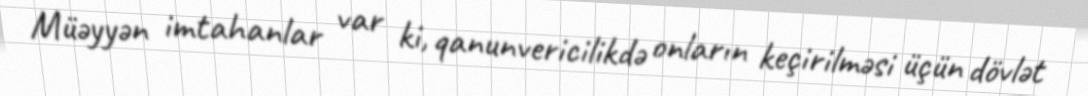
Müəyyən imtahanlar var ki, qanunvericilikdə onların keçirilməsi üçün dövlət